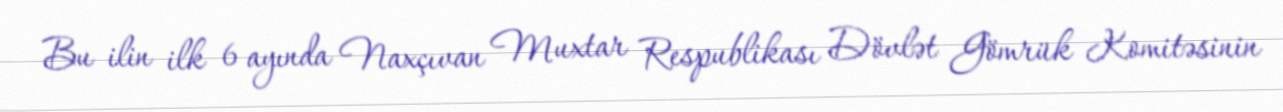
Bu ilin ilk 6 ayında Naxçıvan Muxtar Respublikası Dövlət Gömrük Komitəsinin